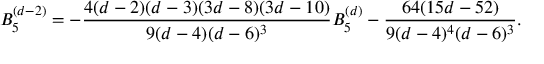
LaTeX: B _ { 5 } ^ { ( d - 2 ) } = - \frac { 4 ( d - 2 ) ( d - 3 ) ( 3 d - 8 ) ( 3 d - 1 0 ) } { 9 ( d - 4 ) ( d - 6 ) ^ { 3 } } B _ { 5 } ^ { ( d ) } - \frac { 6 4 ( 1 5 d - 5 2 ) } { 9 ( d - 4 ) ^ { 4 } ( d - 6 ) ^ { 3 } } .